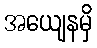
အယျေနမှိ